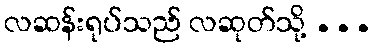
လဆန်းရုပ်သည် လဆုတ်သို့ ...